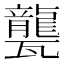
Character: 𤮨